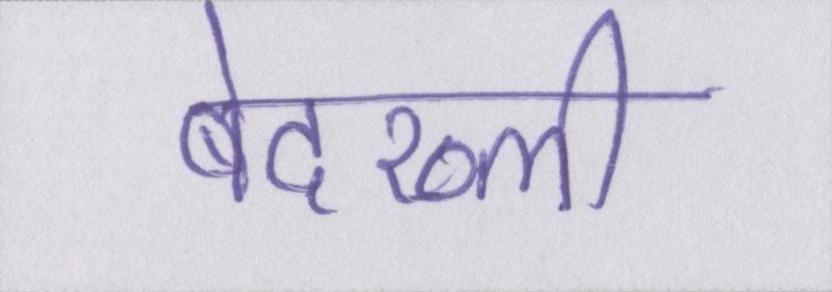
बेदख्ली